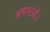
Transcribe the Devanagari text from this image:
अपनाओ।